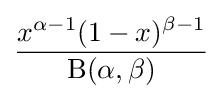
{\frac {x^{\alpha -1}(1-x)^{\beta -1}}{\mathrm {B} (\alpha ,\beta )}}\!